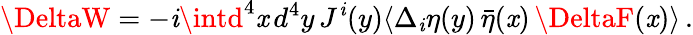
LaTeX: \DeltaW=-\mathit{i}\intd^{4}\mathit{x}\, d^{4}y\, J^{\mathit{i}}(y)\langle\Delta_{\mathit{i}}\eta(y)\, \bar{{\eta}}(\mathit{x})\, \DeltaF(\mathit{x})\rangle\, .